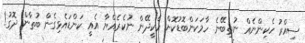
ސިއްރު ހެކިންނެއް ނުތިބޭނެ ހާމަކަންބޮޑުކޮށް ހެކީދޭން ނުކެރެއްޔާ އެއީ ކަންޑައެޅިގެން ބުތާން ދޮގު!